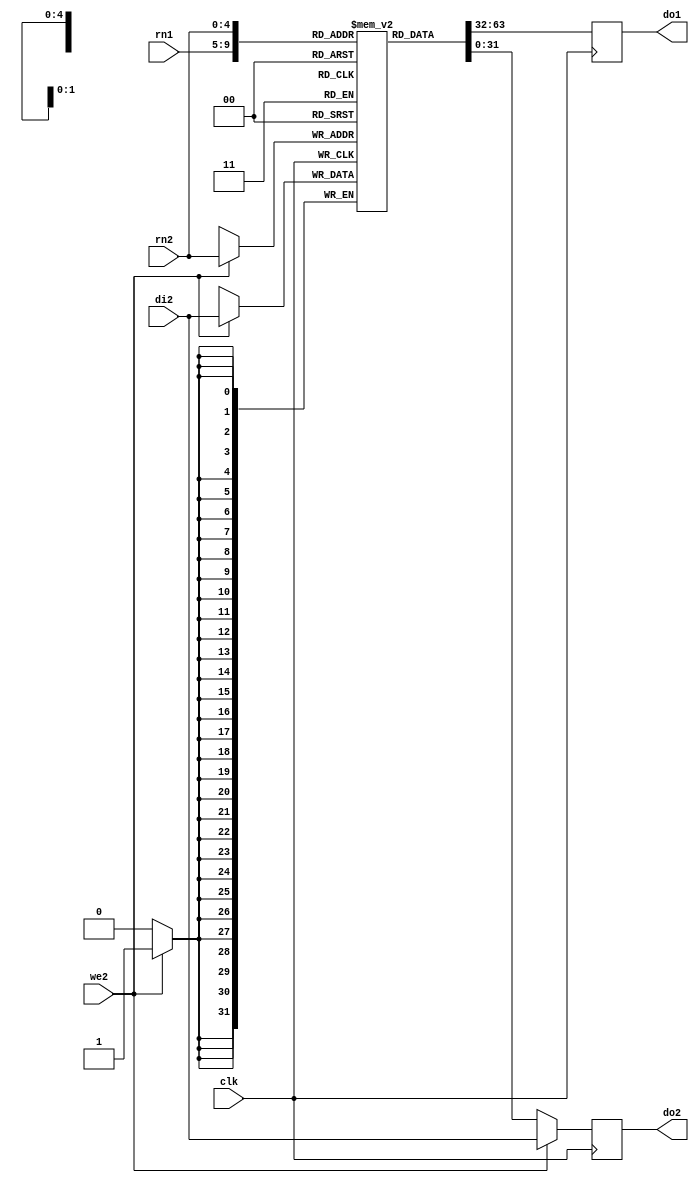
module regs(clk,
            rn1, do1,
            rn2, do2, we2, di2);
    input clk;
    input [4:0] rn1;
    output reg [31:0] do1;
    input [4:0] rn2;
    output reg [31:0] do2;
    input we2;
    input [31:0] di2;
  reg [31:0] r[0:31];
  always @(posedge clk) begin
    do1 <= r[rn1];
    if (we2 == 0) begin
      do2 <= r[rn2];
    end else begin
      do2 <= di2;
      r[rn2] <= di2;
    end
  end
endmodule